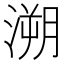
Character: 溯